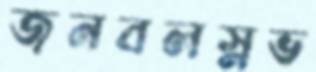
জনবলস্নভ